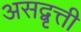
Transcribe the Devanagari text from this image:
असद्वृत्ती